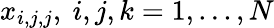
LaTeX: x_{i,j,j},\ i,j,k=1,...,N